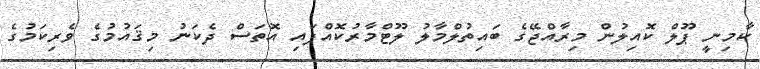
ކާމިނީ ޕޫލް ކޮއިލުން މިރާއްޖޭގެ ބައިތުލްމާލު ލޫޓްމާރުކޮއްފައި އޮތަސް ދެކަނު މިޤައުމުގެ ވެރިކަމުގެ